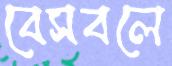
বেসবলে